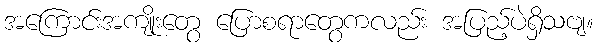
အကြောင်းအကျိုးတွေ ပြောစရာတွေကလည်း အပြည့်ပဲရှိသဗျ။